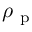
\rho _ { \mathrm { ~ p ~ } }